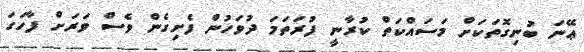
ޢޭނަ ބުނިގޮތަކަށް މަސައްކަތް ކުރާނީ ފުރަތަމަ ދުވަހުން ފެށިގެން ވެސް ވަރަށް ފާހަގަ